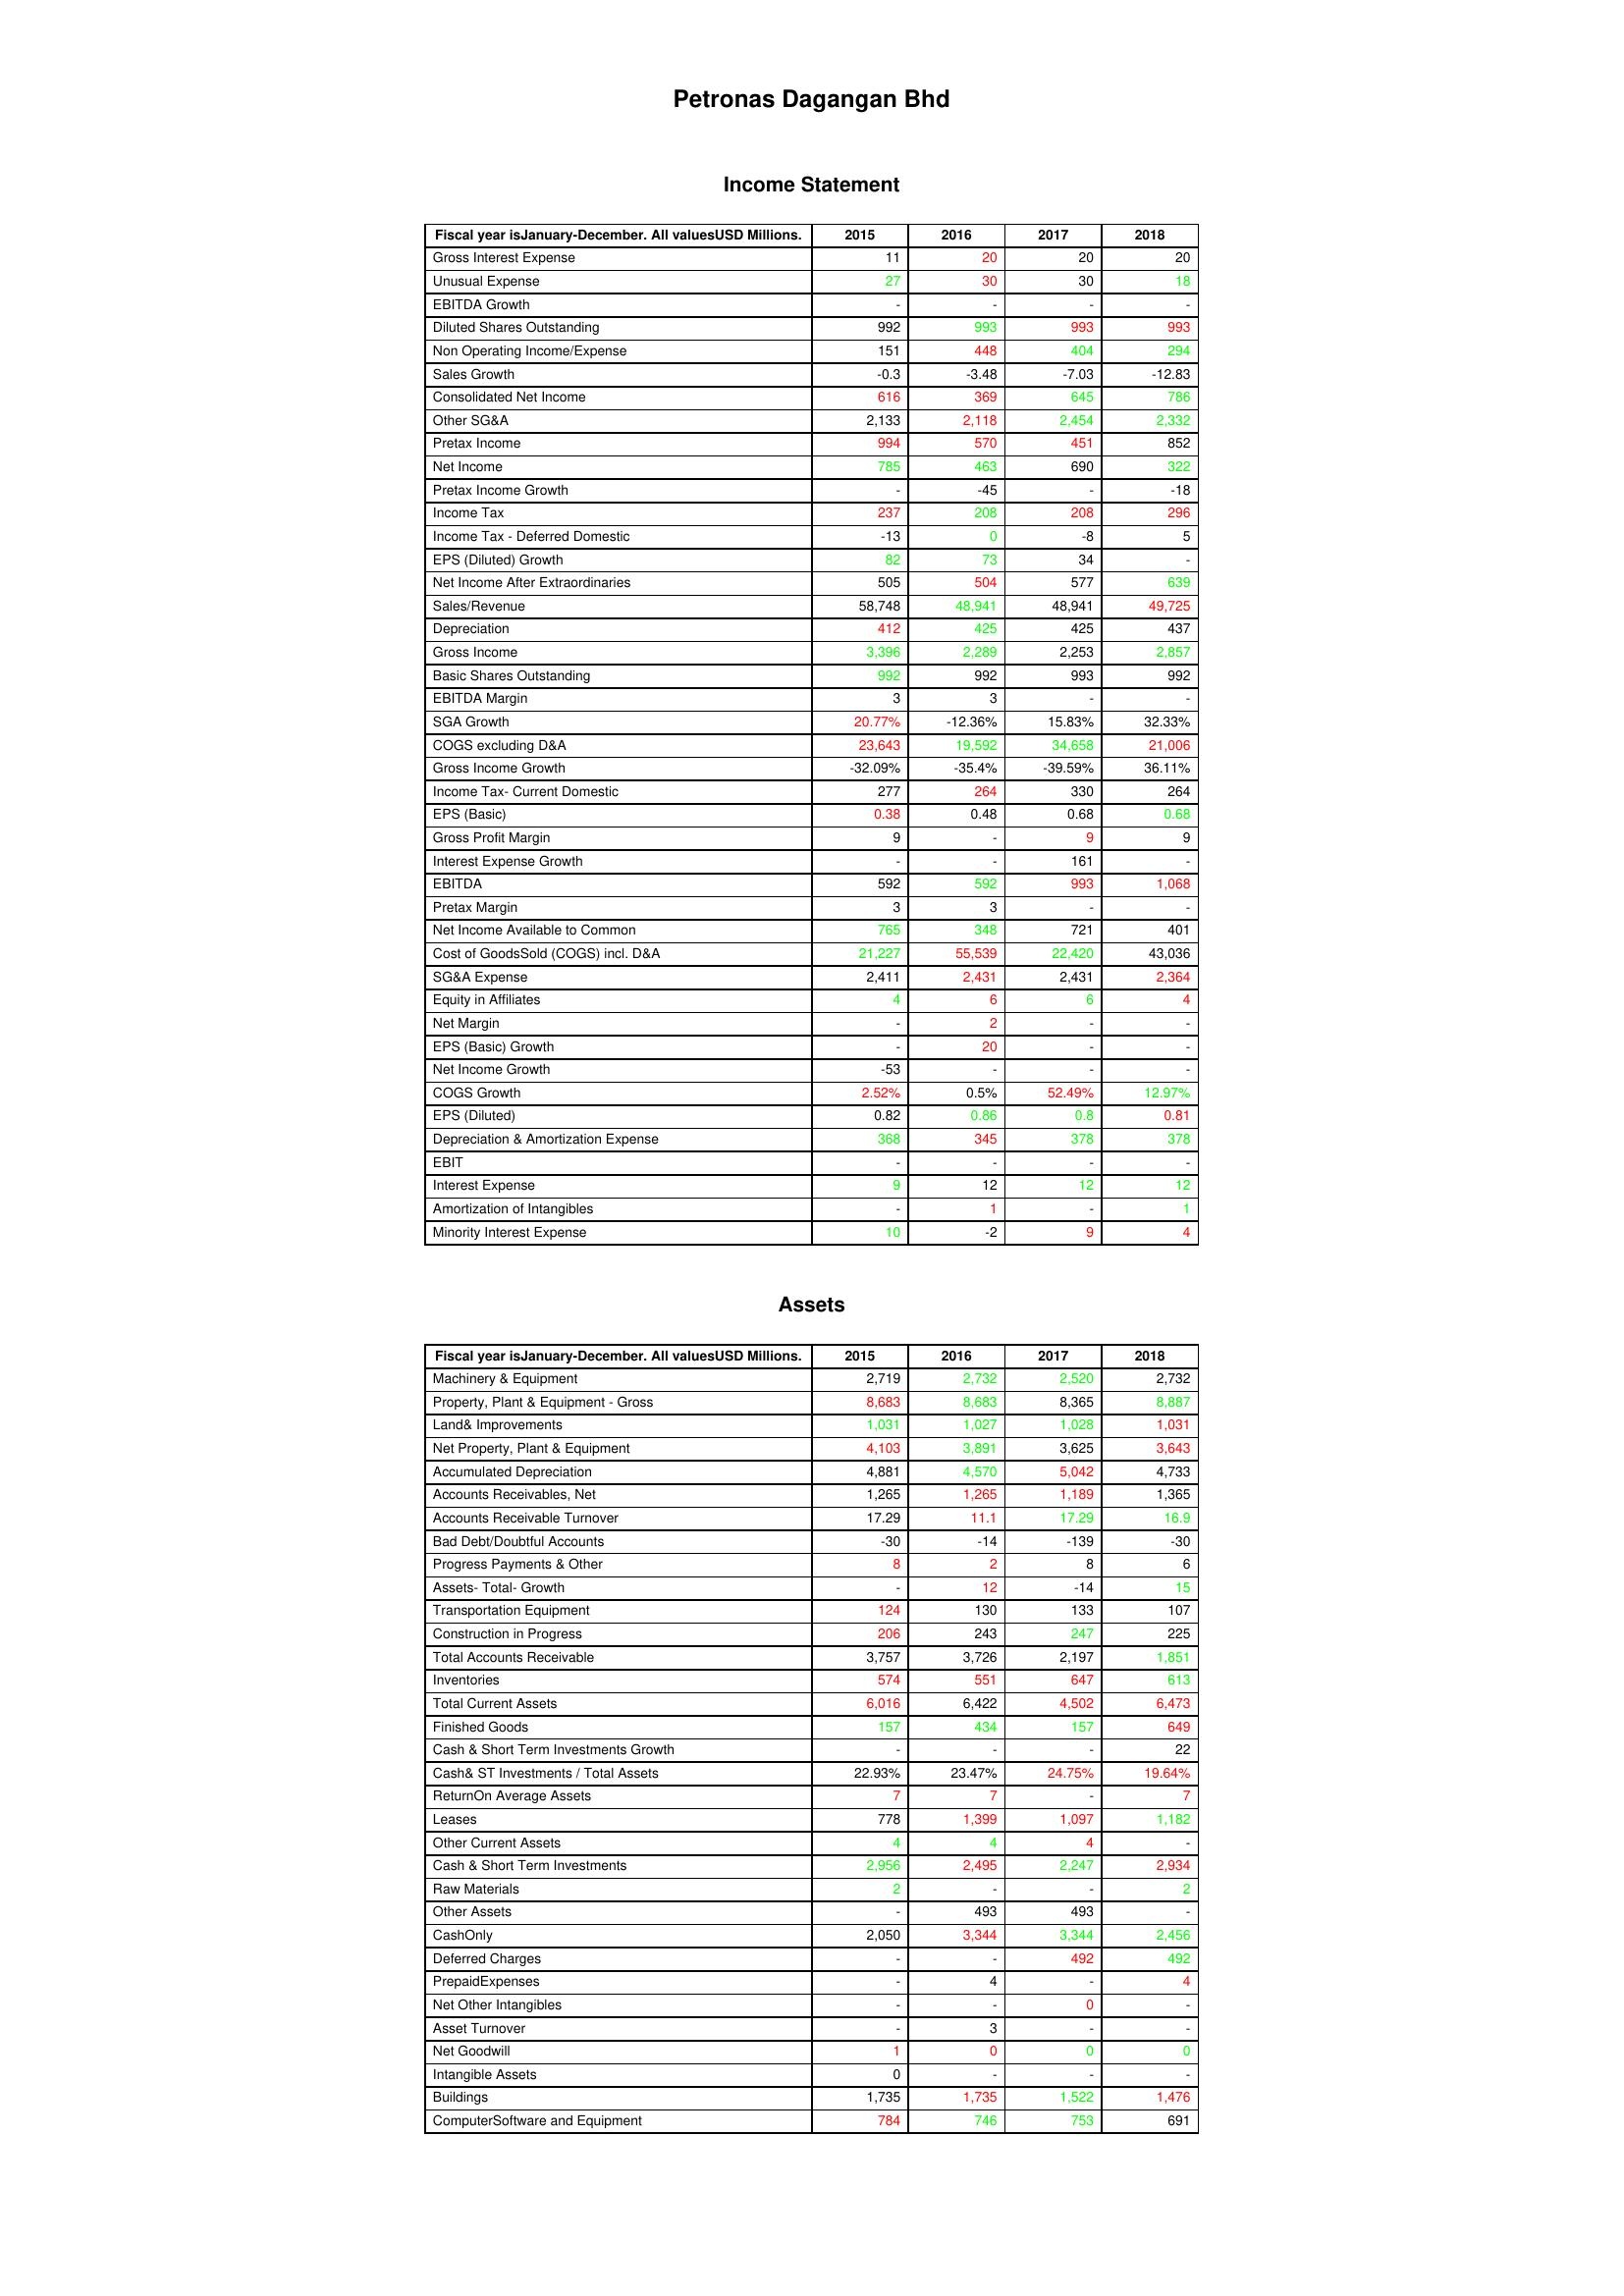
gt_parse: 2015: Income Statement: Gross Interest Expense: 11
Unusual Expense: 27
EBITDA Growth: -
Diluted Shares Outstanding: 992
Non Operating Income/Expense: 151
Sales Growth: -0.3
Consolidated Net Income: 616
Other SG&A: 2,133
Pretax Income: 994
Net Income: 785
Pretax Income Growth: -
Income Tax: 237
Income Tax - Deferred Domestic: -13
EPS (Diluted) Growth: 82
Net Income After Extraordinaries: 505
Sales/Revenue: 58,748
Depreciation: 412
Gross Income: 3,396
Basic Shares Outstanding: 992
EBITDA Margin: 3
SGA Growth: 20.77%
COGS excluding D&A: 23,643
Gross Income Growth: -32.09%
Income Tax- Current Domestic: 277
EPS (Basic): 0.38
Gross Profit Margin: 9
Interest Expense Growth: -
EBITDA: 592
Pretax Margin: 3
Net Income Available to Common: 765
Cost of GoodsSold (COGS) incl. D&A: 21,227
SG&A Expense: 2,411
Equity in Affiliates: 4
Net Margin: -
EPS (Basic) Growth: -
Net Income Growth: -53
COGS Growth: 2.52%
EPS (Diluted): 0.82
Depreciation & Amortization Expense: 368
EBIT: -
Interest Expense: 9
Amortization of Intangibles: -
Minority Interest Expense: 10
Assets: Machinery & Equipment: 2,719
Property, Plant & Equipment - Gross : 8,683
Land& Improvements: 1,031
Net Property, Plant & Equipment: 4,103
Accumulated Depreciation: 4,881
Accounts Receivables, Net: 1,265
Accounts Receivable Turnover: 17.29
Bad Debt/Doubtful Accounts: -30
Progress Payments & Other: 8
Assets- Total- Growth: -
Transportation Equipment: 124
Construction in Progress: 206
Total Accounts Receivable: 3,757
Inventories: 574
Total Current Assets: 6,016
Finished Goods: 157
Cash & Short Term Investments Growth: -
Cash& ST Investments / Total Assets: 22.93%
ReturnOn Average Assets: 7
Leases: 778
Other Current Assets: 4
Cash & Short Term Investments: 2,956
Raw Materials: 2
Other Assets: -
CashOnly: 2,050
Deferred Charges: -
PrepaidExpenses: -
Net Other Intangibles: -
Asset Turnover: -
Net Goodwill: 1
Intangible Assets: 0
Buildings: 1,735
ComputerSoftware and Equipment: 784
2016: Income Statement: Gross Interest Expense: 20
Unusual Expense: 30
EBITDA Growth: -
Diluted Shares Outstanding: 993
Non Operating Income/Expense: 448
Sales Growth: -3.48
Consolidated Net Income: 369
Other SG&A: 2,118
Pretax Income: 570
Net Income: 463
Pretax Income Growth: -45
Income Tax: 208
Income Tax - Deferred Domestic: 0
EPS (Diluted) Growth: 73
Net Income After Extraordinaries: 504
Sales/Revenue: 48,941
Depreciation: 425
Gross Income: 2,289
Basic Shares Outstanding: 992
EBITDA Margin: 3
SGA Growth: -12.36%
COGS excluding D&A: 19,592
Gross Income Growth: -35.4%
Income Tax- Current Domestic: 264
EPS (Basic): 0.48
Gross Profit Margin: -
Interest Expense Growth: -
EBITDA: 592
Pretax Margin: 3
Net Income Available to Common: 348
Cost of GoodsSold (COGS) incl. D&A: 55,539
SG&A Expense: 2,431
Equity in Affiliates: 6
Net Margin: 2
EPS (Basic) Growth: 20
Net Income Growth: -
COGS Growth: 0.5%
EPS (Diluted): 0.86
Depreciation & Amortization Expense: 345
EBIT: -
Interest Expense: 12
Amortization of Intangibles: 1
Minority Interest Expense: -2
Assets: Machinery & Equipment: 2,732
Property, Plant & Equipment - Gross : 8,683
Land& Improvements: 1,027
Net Property, Plant & Equipment: 3,891
Accumulated Depreciation: 4,570
Accounts Receivables, Net: 1,265
Accounts Receivable Turnover: 11.1
Bad Debt/Doubtful Accounts: -14
Progress Payments & Other: 2
Assets- Total- Growth: 12
Transportation Equipment: 130
Construction in Progress: 243
Total Accounts Receivable: 3,726
Inventories: 551
Total Current Assets: 6,422
Finished Goods: 434
Cash & Short Term Investments Growth: -
Cash& ST Investments / Total Assets: 23.47%
ReturnOn Average Assets: 7
Leases: 1,399
Other Current Assets: 4
Cash & Short Term Investments: 2,495
Raw Materials: -
Other Assets: 493
CashOnly: 3,344
Deferred Charges: -
PrepaidExpenses: 4
Net Other Intangibles: -
Asset Turnover: 3
Net Goodwill: 0
Intangible Assets: -
Buildings: 1,735
ComputerSoftware and Equipment: 746
2017: Income Statement: Gross Interest Expense: 20
Unusual Expense: 30
EBITDA Growth: -
Diluted Shares Outstanding: 993
Non Operating Income/Expense: 404
Sales Growth: -7.03
Consolidated Net Income: 645
Other SG&A: 2,454
Pretax Income: 451
Net Income: 690
Pretax Income Growth: -
Income Tax: 208
Income Tax - Deferred Domestic: -8
EPS (Diluted) Growth: 34
Net Income After Extraordinaries: 577
Sales/Revenue: 48,941
Depreciation: 425
Gross Income: 2,253
Basic Shares Outstanding: 993
EBITDA Margin: -
SGA Growth: 15.83%
COGS excluding D&A: 34,658
Gross Income Growth: -39.59%
Income Tax- Current Domestic: 330
EPS (Basic): 0.68
Gross Profit Margin: 9
Interest Expense Growth: 161
EBITDA: 993
Pretax Margin: -
Net Income Available to Common: 721
Cost of GoodsSold (COGS) incl. D&A: 22,420
SG&A Expense: 2,431
Equity in Affiliates: 6
Net Margin: -
EPS (Basic) Growth: -
Net Income Growth: -
COGS Growth: 52.49%
EPS (Diluted): 0.8
Depreciation & Amortization Expense: 378
EBIT: -
Interest Expense: 12
Amortization of Intangibles: -
Minority Interest Expense: 9
Assets: Machinery & Equipment: 2,520
Property, Plant & Equipment - Gross : 8,365
Land& Improvements: 1,028
Net Property, Plant & Equipment: 3,625
Accumulated Depreciation: 5,042
Accounts Receivables, Net: 1,189
Accounts Receivable Turnover: 17.29
Bad Debt/Doubtful Accounts: -139
Progress Payments & Other: 8
Assets- Total- Growth: -14
Transportation Equipment: 133
Construction in Progress: 247
Total Accounts Receivable: 2,197
Inventories: 647
Total Current Assets: 4,502
Finished Goods: 157
Cash & Short Term Investments Growth: -
Cash& ST Investments / Total Assets: 24.75%
ReturnOn Average Assets: -
Leases: 1,097
Other Current Assets: 4
Cash & Short Term Investments: 2,247
Raw Materials: -
Other Assets: 493
CashOnly: 3,344
Deferred Charges: 492
PrepaidExpenses: -
Net Other Intangibles: 0
Asset Turnover: -
Net Goodwill: 0
Intangible Assets: -
Buildings: 1,522
ComputerSoftware and Equipment: 753
2018: Income Statement: Gross Interest Expense: 20
Unusual Expense: 18
EBITDA Growth: -
Diluted Shares Outstanding: 993
Non Operating Income/Expense: 294
Sales Growth: -12.83
Consolidated Net Income: 786
Other SG&A: 2,332
Pretax Income: 852
Net Income: 322
Pretax Income Growth: -18
Income Tax: 296
Income Tax - Deferred Domestic: 5
EPS (Diluted) Growth: -
Net Income After Extraordinaries: 639
Sales/Revenue: 49,725
Depreciation: 437
Gross Income: 2,857
Basic Shares Outstanding: 992
EBITDA Margin: -
SGA Growth: 32.33%
COGS excluding D&A: 21,006
Gross Income Growth: 36.11%
Income Tax- Current Domestic: 264
EPS (Basic): 0.68
Gross Profit Margin: 9
Interest Expense Growth: -
EBITDA: 1,068
Pretax Margin: -
Net Income Available to Common: 401
Cost of GoodsSold (COGS) incl. D&A: 43,036
SG&A Expense: 2,364
Equity in Affiliates: 4
Net Margin: -
EPS (Basic) Growth: -
Net Income Growth: -
COGS Growth: 12.97%
EPS (Diluted): 0.81
Depreciation & Amortization Expense: 378
EBIT: -
Interest Expense: 12
Amortization of Intangibles: 1
Minority Interest Expense: 4
Assets: Machinery & Equipment: 2,732
Property, Plant & Equipment - Gross : 8,887
Land& Improvements: 1,031
Net Property, Plant & Equipment: 3,643
Accumulated Depreciation: 4,733
Accounts Receivables, Net: 1,365
Accounts Receivable Turnover: 16.9
Bad Debt/Doubtful Accounts: -30
Progress Payments & Other: 6
Assets- Total- Growth: 15
Transportation Equipment: 107
Construction in Progress: 225
Total Accounts Receivable: 1,851
Inventories: 613
Total Current Assets: 6,473
Finished Goods: 649
Cash & Short Term Investments Growth: 22
Cash& ST Investments / Total Assets: 19.64%
ReturnOn Average Assets: 7
Leases: 1,182
Other Current Assets: -
Cash & Short Term Investments: 2,934
Raw Materials: 2
Other Assets: -
CashOnly: 2,456
Deferred Charges: 492
PrepaidExpenses: 4
Net Other Intangibles: -
Asset Turnover: -
Net Goodwill: 0
Intangible Assets: -
Buildings: 1,476
ComputerSoftware and Equipment: 691